Annual administration report of the Civil Veterinary Department of India - 1905-1906
Year: 1905
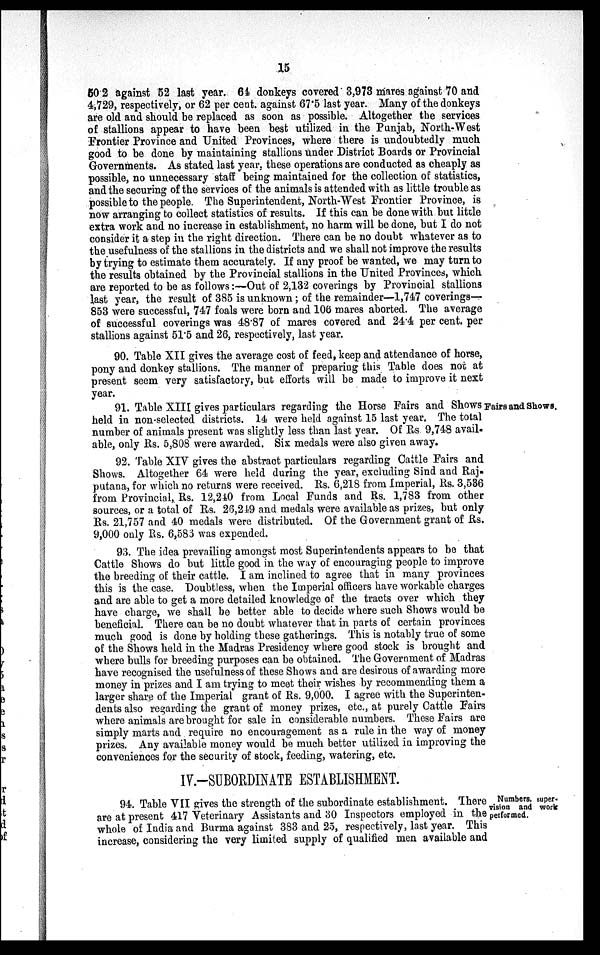
15
50.2 against 52 last year. 64 donkeys covered 3,973 mares against 70 and
4,729, respectively, or 62 per cent. against 67.5 last year. Many of the donkeys
are old and should be replaced as soon as possible. Altogether the services
of stallions appear to have been best utilized in the Punjab, North-West
Frontier Province and United Provinces, where there is undoubtedly much
good to be done by maintaining stallions under District Boards or Provincial
Governments. As stated last year, these operations are conducted as cheaply as
possible, no unnecessary staff being maintained for the collection of statistics,
and the securing of the services of the animals is attended with as little trouble as
possible to the people. The Superintendent, North-West Frontier Province, is
now arranging to collect statistics of results. If this can be done with but little
extra work and no increase in establishment, no harm will be done, but I do not
consider it a step in the right direction. There can be no doubt whatever as to
the usefulness of the stallions in the districts and we shall not improve the results
by trying to estimate them accurately. If any proof be wanted, we may turn to
the results obtained by the Provincial stallions in the United Provinces, which
are reported to be as follows:—Out of 2,132 coverings by Provincial stallions
last year, the result of 385 is unknown; of the remainder—1,747 coverings—
853 were successful, 747 foals were born and 106 mares aborted. The average
of successful coverings was 48.87 of mares covered and 24.4 per cent. per
stallions against 51.5 and 26, respectively, last year.
90. Table XII gives the average cost of feed, keep and attendance of horse,
pony and donkey stallions. The manner of preparing this Table does not at
present seem very satisfactory, but efforts will be made to improve it next
year.
Fairs and Shows.
91. Table XIII gives particulars regarding the Horse Fairs and Shows
held in non-selected districts. 14 were held against 15 last year. The total
number of animals present was slightly less than last year. Of Rs 9,748 avail-
able, only Rs. 5,808 were awarded. Six medals were also given away.
92. Table XIV gives the abstract particulars regarding Cattle Fairs and
Shows. Altogether 64 were held during the year, excluding Sind and Raj-
putana, for which no returns were received. Rs. 6,218 from Imperial, Rs. 3,536
from Provincial, Rs. 12,240 from Local Funds and Rs. 1,783 from other
sources, or a total of Rs. 26,249 and medals were available as prizes, but only
Rs. 21,757 and 40 medals were distributed. Of the Government grant of Rs.
9,000 only Rs. 6,583 was expended.
93. The idea prevailing amongst most Superintendents appears to be that
Cattle Shows do but little good in the way of encouraging people to improve
the breeding of their cattle. I am inclined to agree that in many provinces
this is the case. Doubtless, when the Imperial officers have workable charges
and are able to get a more detailed knowledge of the tracts over which they
have charge, we shall be better able to decide where such Shows would be
beneficial. There can be no doubt whatever that in parts of certain provinces
much good is done by holding these gatherings. This is notably true of some
of the Shows held in the Madras Presidency where good stock is brought and
where bulls for breeding purposes can be obtained. The Government of Madras
have recognised the usefulness of these Shows and are desirous of awarding more
money in prizes and I am trying to meet their wishes by recommending them a
larger share of the Imperial grant of Rs. 9,000. I agree with the Superinten-
dents also regarding the grant of money prizes, etc., at purely Cattle Fairs
where animals are brought for sale in considerable numbers. These Fairs are
simply marts and require no encouragement as a rule in the way of money
prizes. Any available money would be much better utilized in improving the
conveniences for the security of stock, feeding, watering, etc.
IV.-SUBORDINATE ESTABLISHMENT.
Numbers, super-
vision and work
performed.
94. Table VII gives the strength of the subordinate establishment. There
are at present 417 Veterinary Assistants and 30 Inspectors employed in the
whole of India and Burma against 383 and 25, respectively, last year. This
increase, considering the very limited supply of qualified men available and